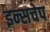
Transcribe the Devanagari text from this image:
इन्सचेप